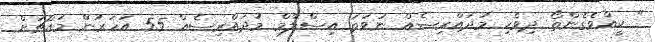
" ކީއްވެގެންތޯ ދިވެހި މުދައްރިސެއް ނުވަތަ އިސްލާމް މުދައްރިސެއް 55 އަހަރުން މައްޗަށް